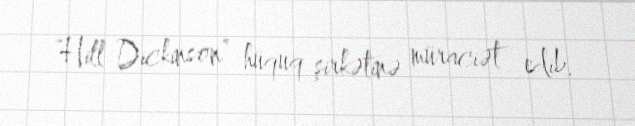
“Hill Dickinson” hüquq şirkətinə müraciət edib.